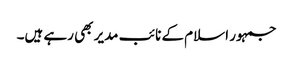
جمہور اسلام کے نائب مدیر بھی رہے ہیں۔